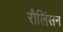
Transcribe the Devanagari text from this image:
रौलिंसन